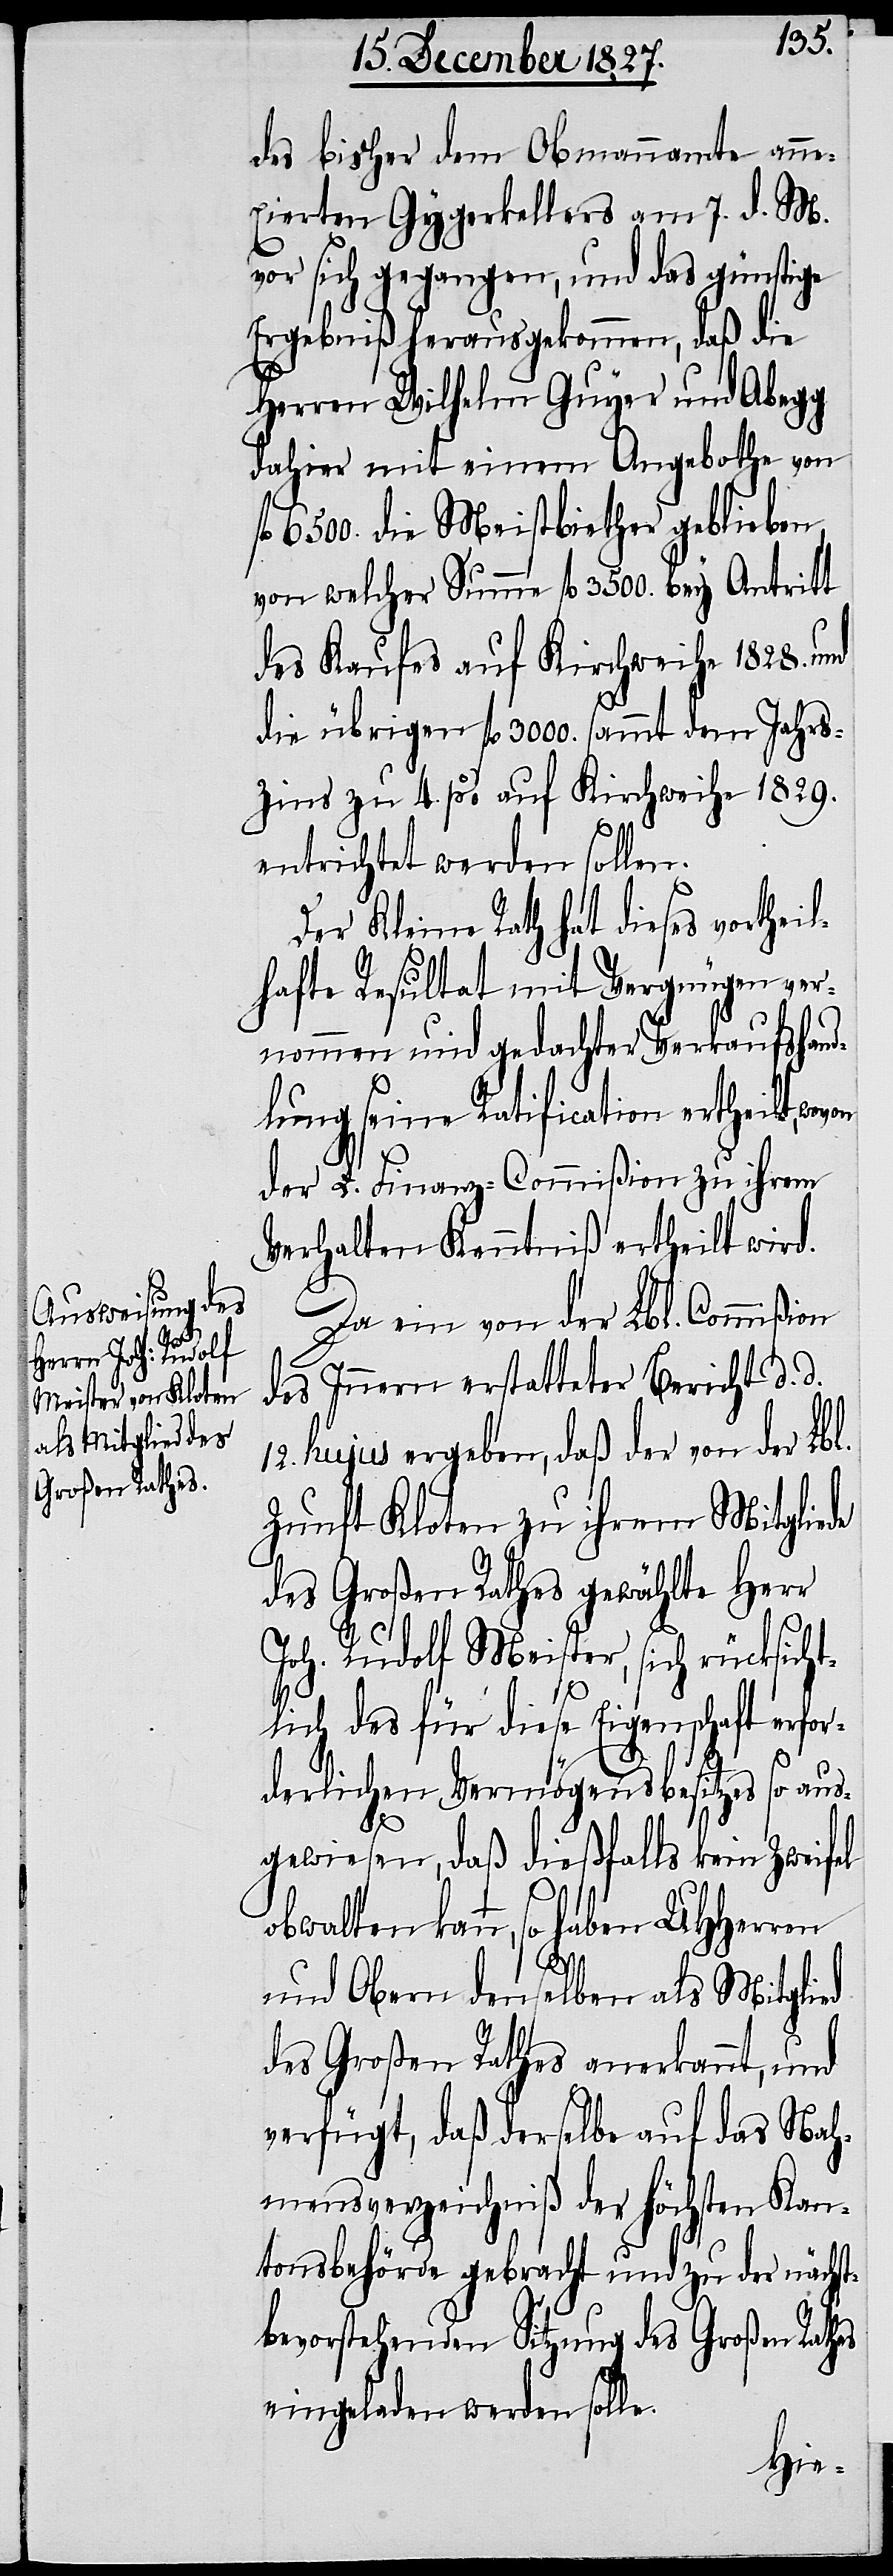
f¬
des bisher dem Obmannamte anne¬
xierten Gygerkellers am 7. d. M.
vor sich gegangen, und das günstige
Ergebniß herausgekommen, daß die
Herren Wilhelm Guyer und Abegg
dahier mit einem Angebothe von
l. 6500. die Meistbiether geblieben,
von welcher Summe fl. 3500. bey Antritt
des Kaufes auf Kirchweihe 1828. und
die übrigen fl. 3000. sammt dem Jahrs¬
zins zu 4. p% auf Kirchweihe 1829.
entrichtet werden sollen.
Der Kleine Rath hat dieses vortheil¬
hafte Resultat mit Vergnügen ver¬
nommen und gedachter Verkaufshand¬
lung seine Ratification ertheilt,
der L. Finanz-Commißion zu ihrem
Verhalten Kenntniß ertheilt wird.
Da eine von der Lbl. Commißion
des Innern erstatteter Bericht d. d.
12. hujus ergeben, daß der von der Lbl.
Zunft Kloten zu ihrem Mitgliede
des Großen Rathes gewählte Herr
Joh. Rudolf Meister, sich rücksichtl¬
ich des für diese Eigenschaft erfor¬
derlichen Vermögensbesitzes so au¬
sgewiesen, daß dießfalls kein Zweifel
obwalten kann, so haben UHHerren
und Obern denselben als Mitglied
des Großen Rathes anerkannt, und
verfügt, daß derselbe auf das Nah¬
mensverzeichniß der höchsten Kan¬
tonsbehörde gebracht und zu der nächs¬
tbevorstehenden Sitzung des Großen Raths
eingeladen werden solle.